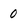
Character: 0